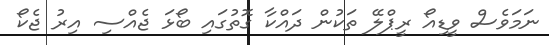
ނަމަވެސް ވީޑިއޯ ރީޕްލޭ ތަކުން ދައްކާ ގޮތުގައި ބޯޅަ ޖެއްސި އިރު ޖެކޯ